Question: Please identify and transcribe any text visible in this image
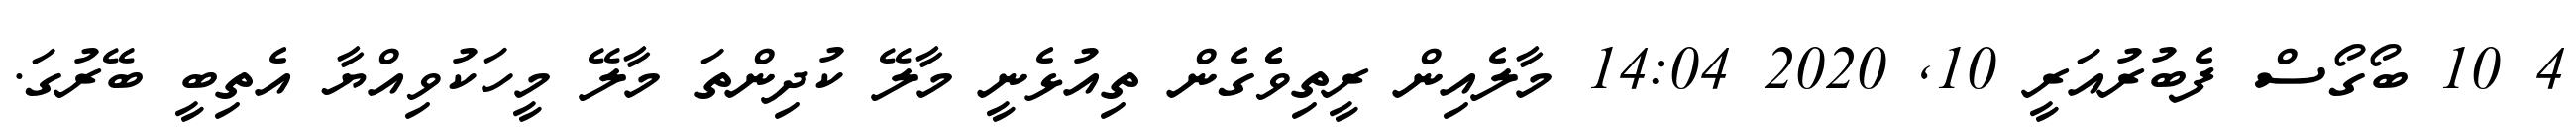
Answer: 4 10 ބޯގޯސް ފެބުރުއަރީ 10, 2020 14:04 މާލެއިން ރީތިވެެގެން ތިއުޅެނީ މާލޭ ކުދިންތަ މާލޭ މީހަކުވިއްޔާ އެތިބީ ބޭރުގަ.